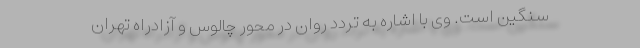
سنگین است. وی با اشاره به تردد روان در محور چالوس و آزادراه تهران